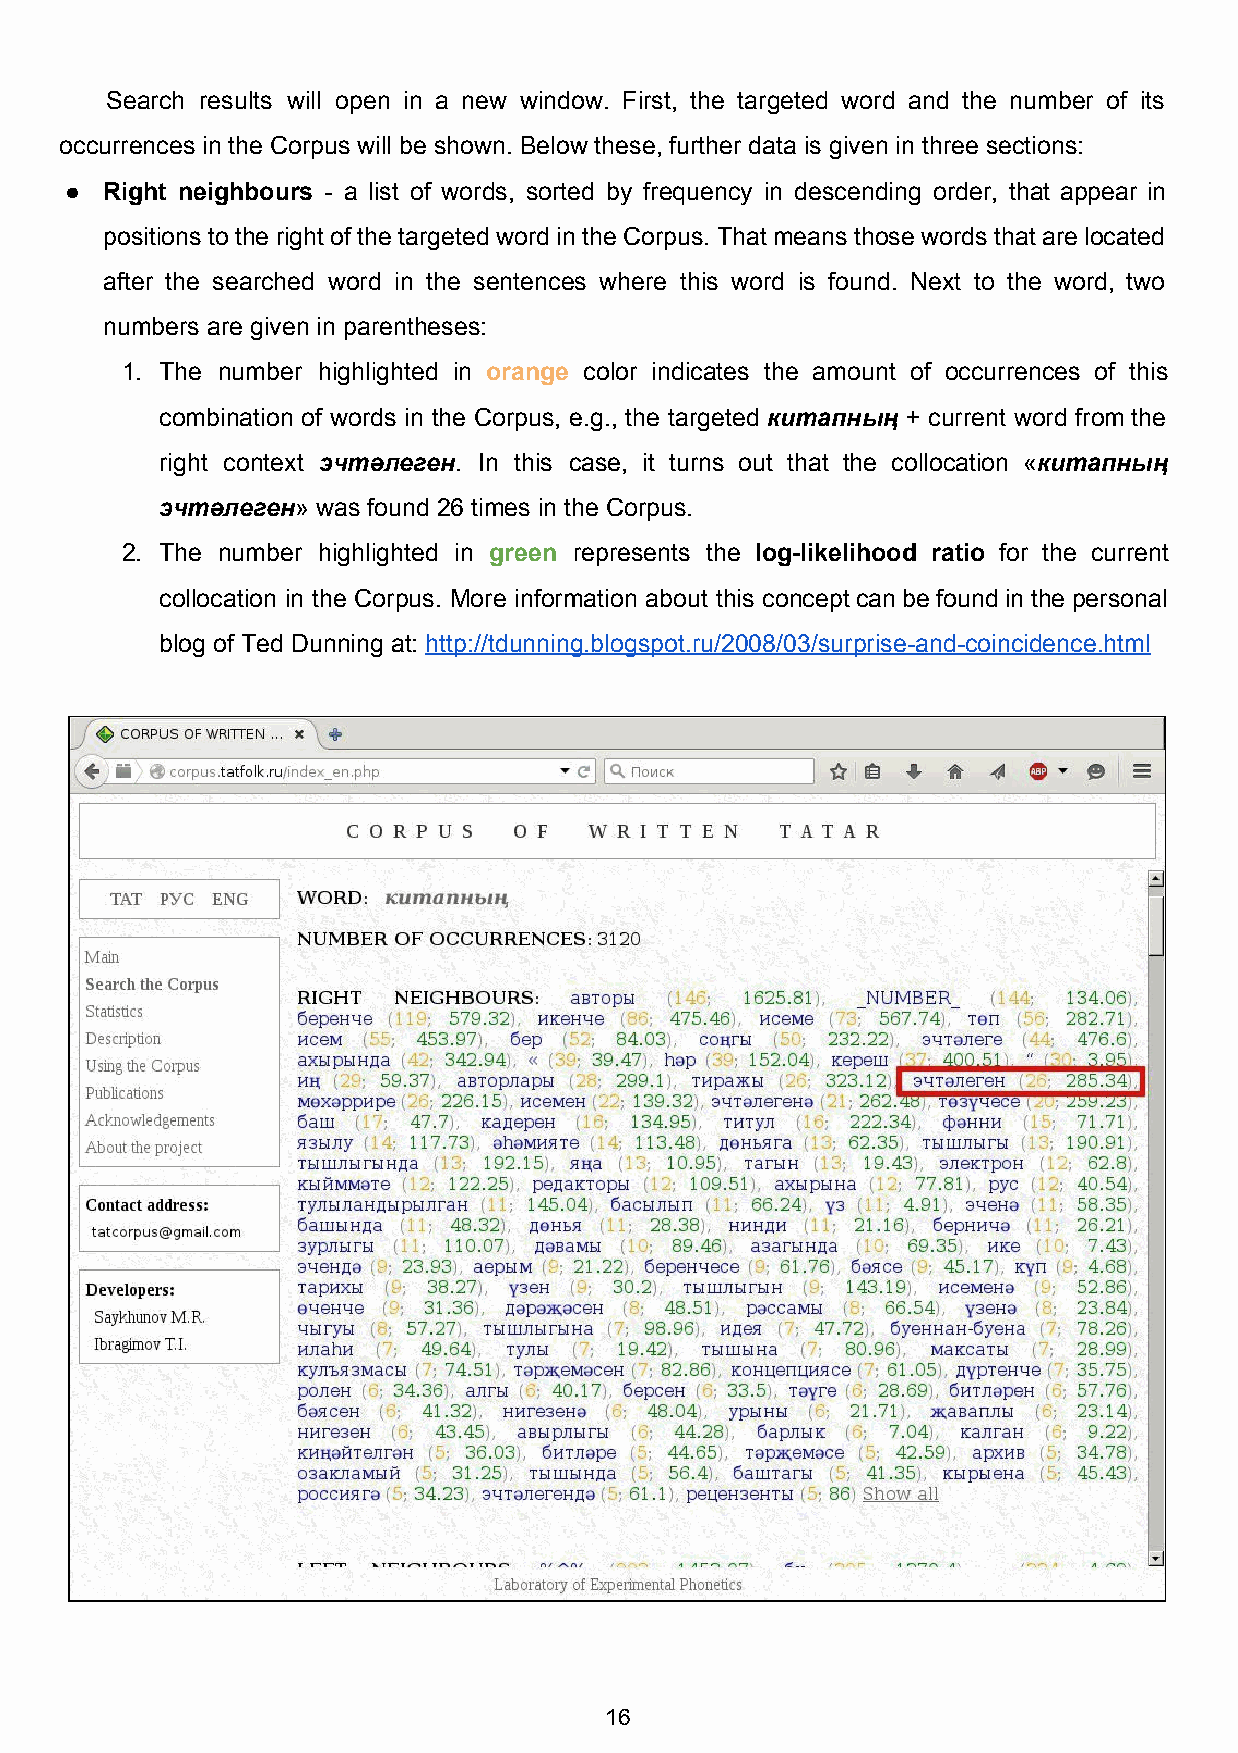
Search results will open in a new window. First, the targeted word and the number of its
 occurrences in the Corpus will be shown. Below these, further data is given in three sections:
 ●  Right neighbours ­ a list of words, sorted by frequency in descending order, that appear in
 positions to the right of the targeted word in the Corpus. That means those words that are located
 after the searched word in the sentences where this word is found. Next to the word, two
 numbers are given in parentheses:
 1. The number highlighted in orange color indicates the amount of occurrences of this
 ​
 combination of words in the Corpus, e.g., the targeted китапның + current word from the
 ​
 right context эчтәлеген. In this case, it turns out that the collocation «китапның
 ​        ​                                      ​
 эчтәлеген» was found 26 times in the Corpus.
 ​
 2. The number highlighted in green represents the log­likelihood ratio for the current
 ​                 ​
 collocation in the Corpus. More information about this concept can be found in the personal
 blog of Ted Dunning at: http://tdunning.blogspot.ru/2008/03/surprise­and­coincidence.html
 ​
 16